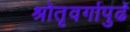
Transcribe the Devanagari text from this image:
श्रोतृवर्गापुढे